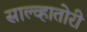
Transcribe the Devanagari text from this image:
साल्व्हातोरी